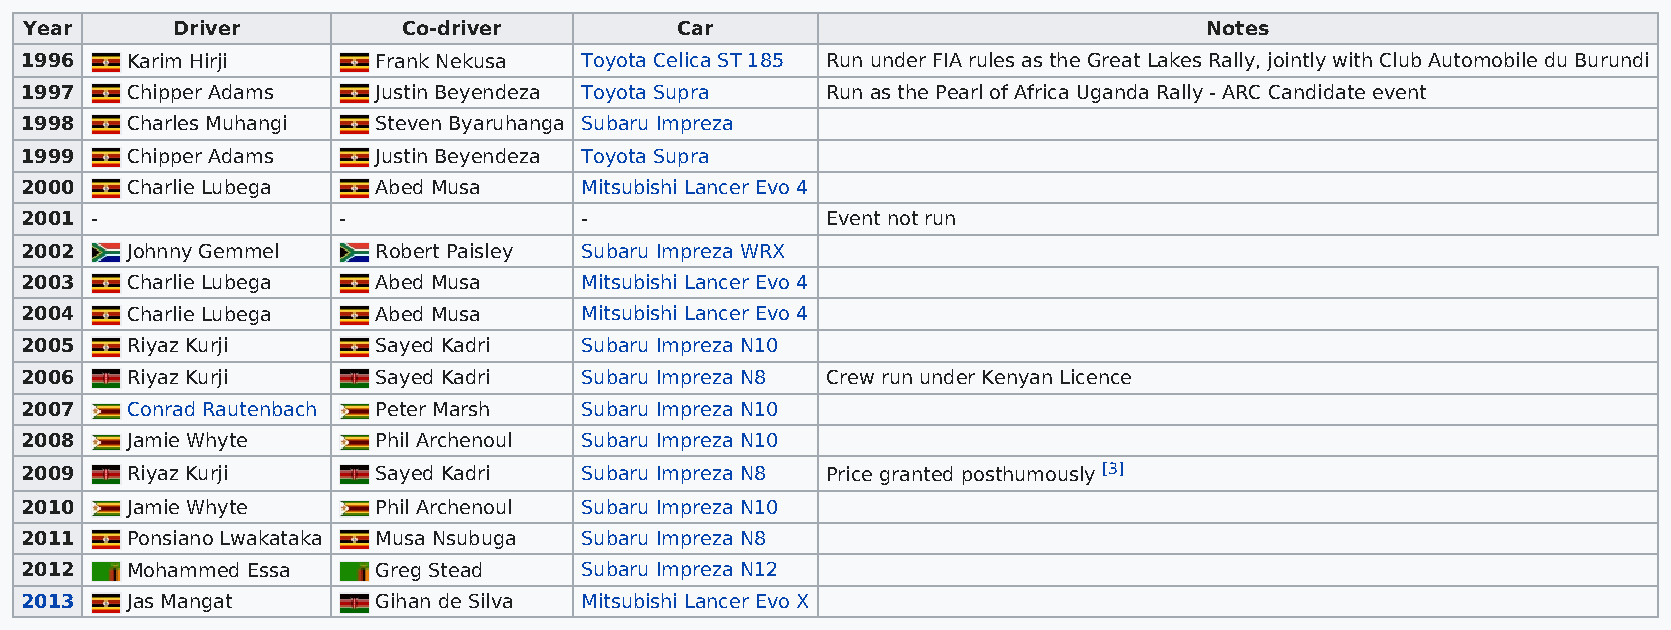
Year     Driver          Co-driver         Car                                Notes
 1996   Karim Hirji      Frank Nekusa Toyota Celica ST 185 Run under FIA rules as the Great Lakes Rally, jointly with Club Automobile du Burundi
 1997   Chipper Adams    Justin Beyendeza Toyota Supra Run as the Pearl of Africa Uganda Rally - ARC Candidate event
 1998   Charles Muhangi  Steven Byaruhanga Subaru Impreza
 1999   Chipper Adams    Justin Beyendeza Toyota Supra
 2000   Charlie Lubega   Abed Musa    Mitsubishi Lancer Evo 4
 2001 -               -               -                Event not run
 2002   Johnny Gemmel    Robert Paisley Subaru Impreza WRX
 2003   Charlie Lubega   Abed Musa    Mitsubishi Lancer Evo 4
 2004   Charlie Lubega   Abed Musa    Mitsubishi Lancer Evo 4
 2005   Riyaz Kurji      Sayed Kadri  Subaru Impreza N10
 2006   Riyaz Kurji      Sayed Kadri  Subaru Impreza N8 Crew run under Kenyan Licence
 2007   Conrad Rautenbach Peter Marsh Subaru Impreza N10
 2008   Jamie Whyte      Phil Archenoul Subaru Impreza N10
 2009   Riyaz Kurji      Sayed Kadri  Subaru Impreza N8 Price granted posthumously [3]
 2010   Jamie Whyte      Phil Archenoul Subaru Impreza N10
 2011   Ponsiano Lwakataka Musa Nsubuga Subaru Impreza N8
 2012   Mohammed Essa    Greg Stead   Subaru Impreza N12
 2013   Jas Mangat       Gihan de Silva Mitsubishi Lancer Evo X